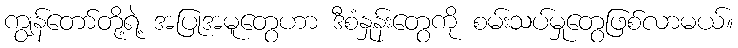
ကျွန်တော်တို့ရဲ့ အပြုအမူတွေဟာ ဒီစံနှုန်းတွေကို စမ်းသပ်မှုတွေဖြစ်လာမယ်။